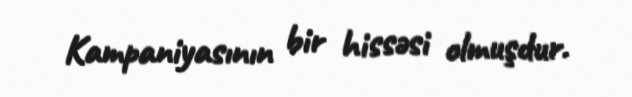
Kampaniyasının bir hissəsi olmuşdur.